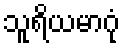
သူရိယမာဂုံ